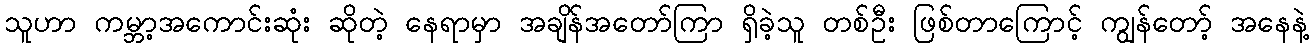
သူဟာ ကမ္ဘာ့အကောင်းဆုံး ဆိုတဲ့ နေရာမှာ အချိန်အတော်ကြာ ရှိခဲ့သူ တစ်ဦး ဖြစ်တာကြောင့် ကျွန်တော့် အနေနဲ့